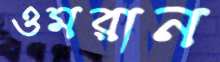
ওমরান